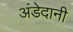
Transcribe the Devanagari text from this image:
अंडेदानी